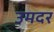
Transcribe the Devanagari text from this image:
उमदर